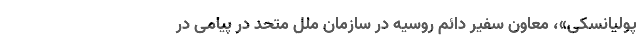
پولیانسکی»، معاون سفیر دائم روسیه در سازمان ملل متحد در پیامی در